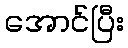
အောင်ပြီး